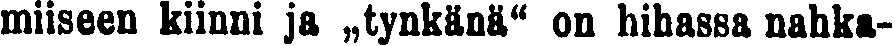
miiseen kiinni ja „tynkänä" on hihassa nahka-